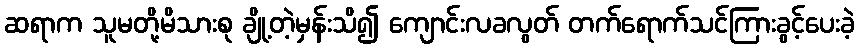
ဆရာက သူမတို့မိသားစု ချို့တဲ့မှန်းသိ၍ ကျောင်းလခလွတ် တက်ရောက်သင်ကြားခွင့်ပေးခဲ့